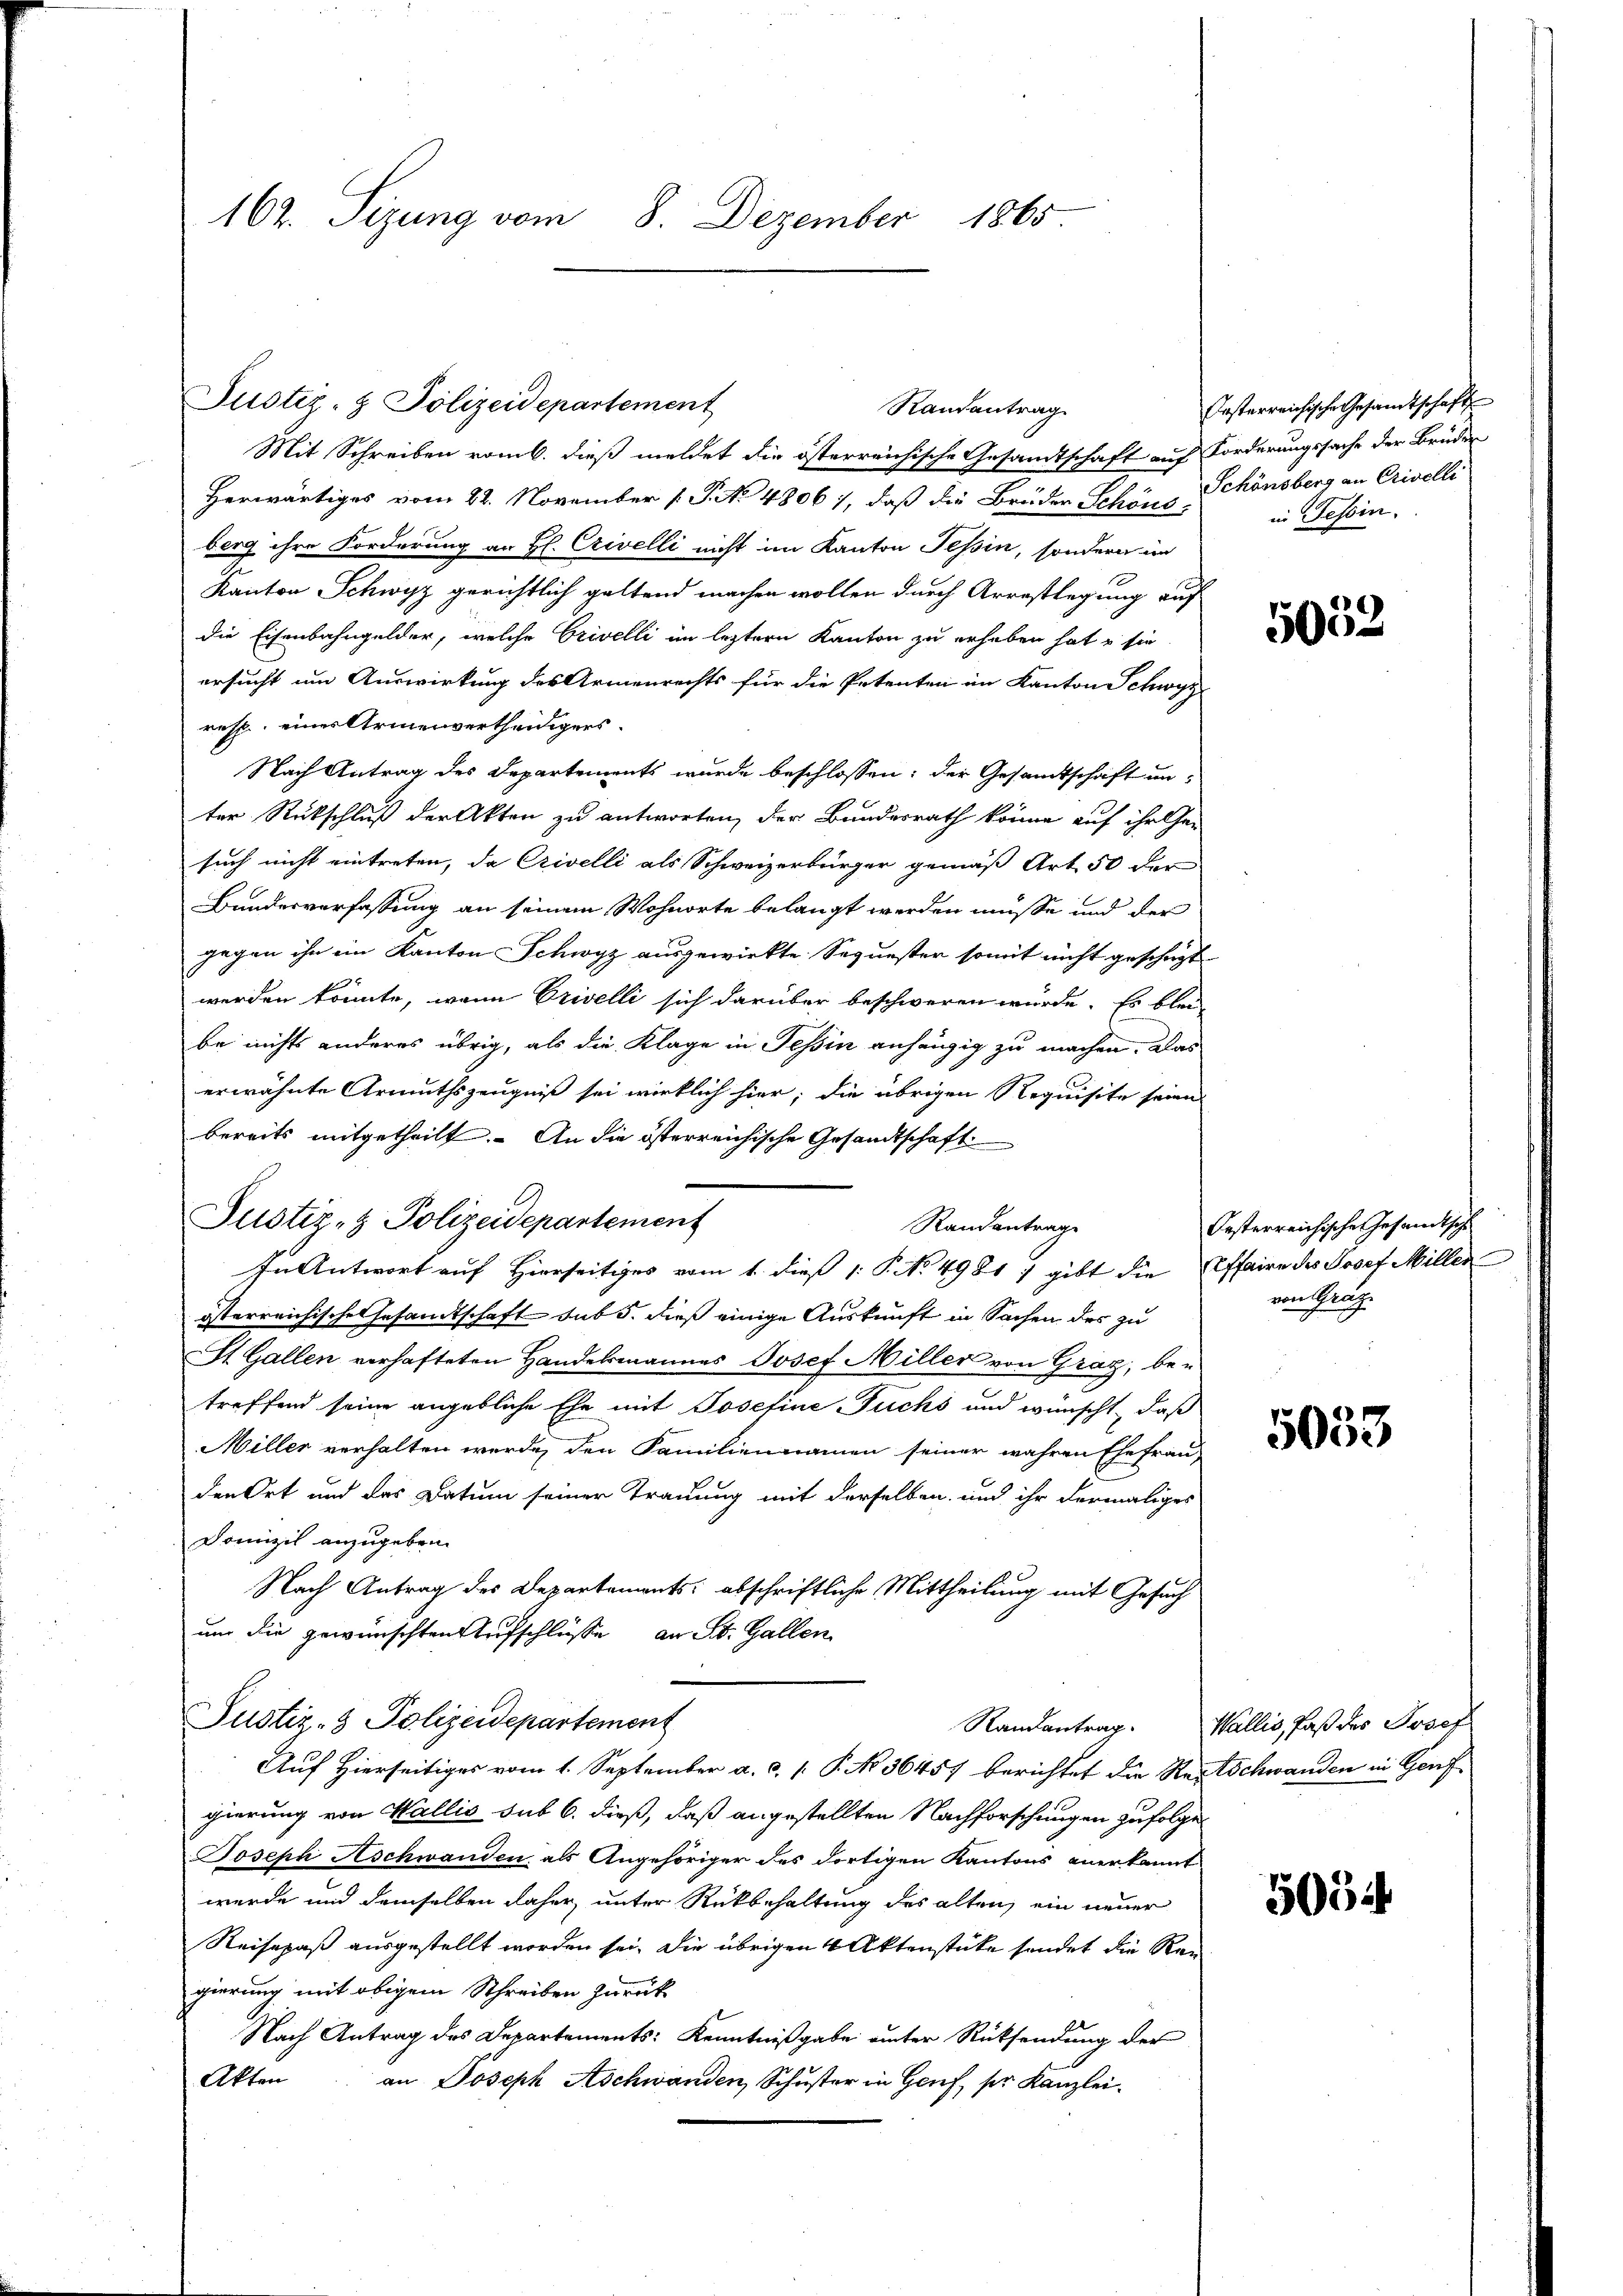
162. Sizung vom 8. Dezember 1865

Mit Schreiben vom 6. dieß meldet die österreichische Gesandtschaft auf Forderungssache der Brüder
Herwärtiges vom 22. November [ P. No 48061, daß die Brüder Schöne Schönsberg an Crivelli
berg ihre Forderung an H. Crivelli nicht im Kanton Tessin, sondern im
Kanton Schwyz gerichtlich geltend machen wollen durch Arrestlegung auf
die Eisenbahngelder, welche Crivelli im leztern Kanton zu erheben hat u sie
ersucht um Auswirkung des Armenrechts für die Petenten im Kanton Schwyz
resp. eines Armenvertheidigers.
Nach Antrag des Departements wurde beschlossen; der Gesandtschaft un-
ter Rückschluß der Akten zu antworten, der Bundesrath könne auf ihr her
such nicht eintreten, da Crivelli als Schweizerbürger gemäß Art. 50 der
Bundesverfassung an seinem Wohnorte belangt werden müsse und der
gegen ihn ein Kanton Schwyz ausgewirkte Sequester somit nicht geschäft
werden könnte, wenn Erivelli sich darüber beschweren würde. Es blei
be nichts anderes übrig, als die Klage in Tessin anhängig zu machen. Das
erwähnte Armuthszeugniß sei wirklich hier; die übrigen Requisite seien
bereits mitgetheilt. An die österreichische Gesandtschaft
Justiz- & Polizeidepartement
Randantrage
In Antwort auf Hierseitiges vom 1. dieß 1: P. No 4981 7 gibt die Affaire des Josef Millen
österreichische Gesandtschaft sub 5. dieß einige Auskunft in Sachen des zu
St. Gallen verhafteten Handelsmannes Josef Müller von Graz, betreffend seine angebliche Ehe mit Josefine Fuchs und wünscht, daß
Miller verhalten werde, den Familiennamen seiner wahren Ehefrau,
den Ort und des Datum seiner Trauung mit derselben und ihr dermaliges
Domizil anzugeben.
Nach Antrag des Departements: abschriftliche Mittheilung mit Gesuch
um die gewünschten Aufschlüße an St. Gallen
Justiz- & Polizeidepartement
Auf Hierseitiges vom 1. September a. c. P. No 36457 berichtet die Reitschwanden in Genfgierung von Wallis sub 6. dieß, daß angestellten Nachforschungen zufolge
Joseph Aschwanden, als Angehöriger des dortigen Kantons anerkannt
werde und demselben daher, unter Rückbehaltung des alten, ein neuer
Reisepaß ausgestellt worden sei. Die übrigen Aktenstücke sendet die Regierung mit obigem Schreiben zurück
Nach Antrag des Departements: Kenntnißgabe unter Rücksendung der
Akten
an Joseph Aschwanden Schuster in Genf, ser Kanzlei.

Justiz- & Polizeidepartement

Randantrag

Ersterreichische Gesamtschaft
in Tessin.

5052.

Oesterreichische Gesandtische
von Graz

5053

Randantrag. Wallis, Paß des Josep

5054